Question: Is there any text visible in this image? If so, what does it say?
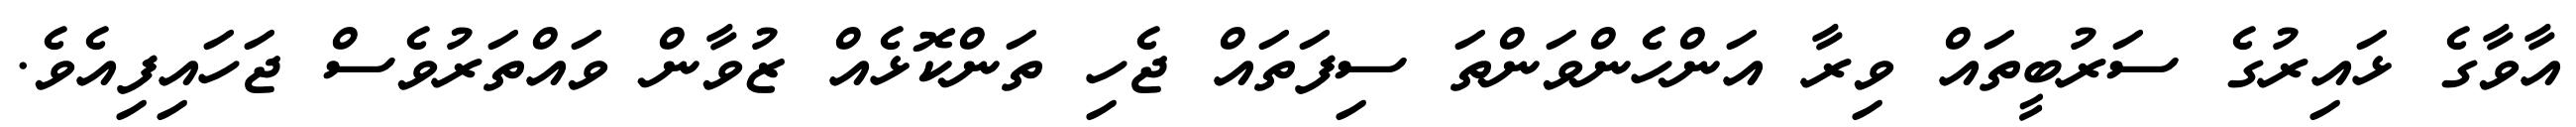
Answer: އާވާގެ ޅައިރުގެ ސަރުބީތައް ވިރާ އަންހެންވަންތަ ސިފަތައް ޖެހި ތަންކޮޅެއް ޒުވާން ވައްތަރުވެސް ޖަހައިފިއެވެ.